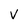
Character: V